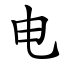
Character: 电